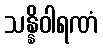
သန္နိဝါရဏံ